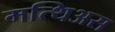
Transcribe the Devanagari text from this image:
मत्थिअस